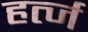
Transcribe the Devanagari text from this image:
हर्त्ज